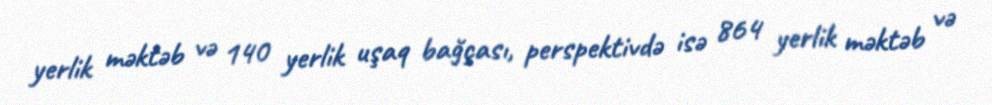
yerlik məktəb və 140 yerlik uşaq bağçası, perspektivdə isə 864 yerlik məktəb və